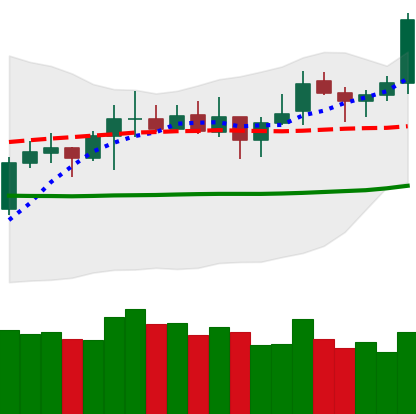
Ticker: LTC-USD
Chart end date: 2021-10-20
Forward return: -5.594%
Label: down_5_7